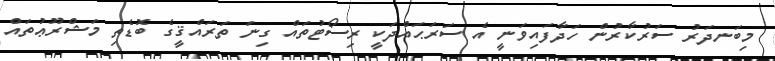
މިބަނދަރު ސަރުކާރުން ހަދާފައިވަނީ އެ ސަރަޙައްދަކީ ރިސޯޓުތައް ގިނަ ތަރައްޤީގެ ބޮޑެތި މަޝްރޫޢުތައް